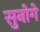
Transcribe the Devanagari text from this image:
सुनोगे